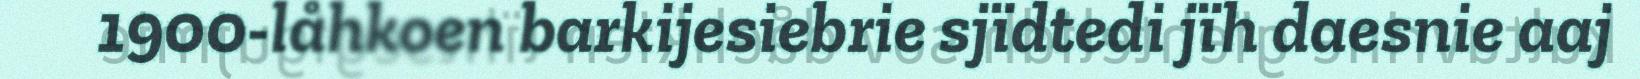
1900-låhkoen barkijesiebrie sjïdtedi jïh daesnie aaj